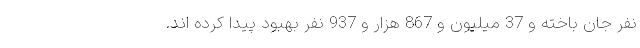
نفر جان باخته و 37 میلیون و 867 هزار و 937 نفر بهبود پیدا کرده اند.